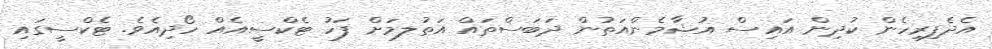
އެދެފިރިހެން ކުދިން އައިސް އުޝާމެންއަތުން ދަބަސްތައް އަތުލމަށް ފަހު ޓެކްސީއެއް ހޯދިއެވެ. ޓެކްސީގައި